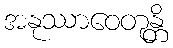
အနုဿာဝေတုန္တိ